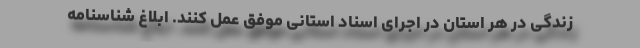
زندگی در هر استان در اجرای اسناد استانی موفق عمل کنند. ابلاغ شناسنامه